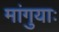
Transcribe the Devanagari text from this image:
मांगुयाः